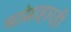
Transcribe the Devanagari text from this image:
मांसाहारही